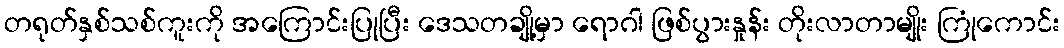
တရုတ်နှစ်သစ်ကူးကို အကြောင်းပြုပြီး ဒေသတချို့မှာ ရောဂါ ဖြစ်ပွားနှုန်း တိုးလာတာမျိုး ကြုံကောင်း